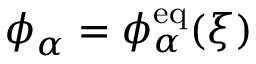
\phi _ { \alpha } = \phi _ { \alpha } ^ { \mathrm { e q } } ( \xi )